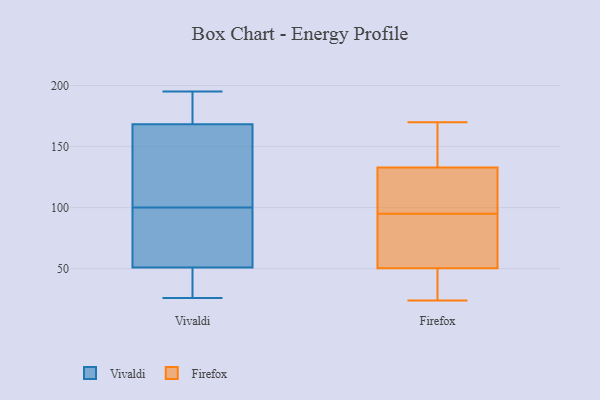
{"axis": {"x": "Conversion Rate (%)", "y": "Value"}, "legend": ["Firefox", "Vivaldi"], "data": [{"x": "", "y": 38, "type": "Vivaldi"}, {"x": "", "y": 167, "type": "Vivaldi"}, {"x": "", "y": 180, "type": "Vivaldi"}, {"x": "", "y": 195, "type": "Vivaldi"}, {"x": "", "y": 34, "type": "Vivaldi"}, {"x": "", "y": 26, "type": "Vivaldi"}, {"x": "", "y": 93, "type": "Vivaldi"}, {"x": "", "y": 54, "type": "Vivaldi"}, {"x": "", "y": 132, "type": "Vivaldi"}, {"x": "", "y": 114, "type": "Vivaldi"}, {"x": "", "y": 189, "type": "Vivaldi"}, {"x": "", "y": 163, "type": "Vivaldi"}, {"x": "", "y": 83, "type": "Vivaldi"}, {"x": "", "y": 57, "type": "Vivaldi"}, {"x": "", "y": 100, "type": "Vivaldi"}, {"x": "", "y": 172, "type": "Vivaldi"}, {"x": "", "y": 42, "type": "Vivaldi"}, {"x": "", "y": 135, "type": "Firefox"}, {"x": "", "y": 47, "type": "Firefox"}, {"x": "", "y": 50, "type": "Firefox"}, {"x": "", "y": 75, "type": "Firefox"}, {"x": "", "y": 95, "type": "Firefox"}, {"x": "", "y": 124, "type": "Firefox"}, {"x": "", "y": 77, "type": "Firefox"}, {"x": "", "y": 81, "type": "Firefox"}, {"x": "", "y": 154, "type": "Firefox"}, {"x": "", "y": 44, "type": "Firefox"}, {"x": "", "y": 50, "type": "Firefox"}, {"x": "", "y": 149, "type": "Firefox"}, {"x": "", "y": 170, "type": "Firefox"}, {"x": "", "y": 51, "type": "Firefox"}, {"x": "", "y": 102, "type": "Firefox"}, {"x": "", "y": 24, "type": "Firefox"}, {"x": "", "y": 165, "type": "Firefox"}, {"x": "", "y": 115, "type": "Firefox"}, {"x": "", "y": 126, "type": "Firefox"}]}